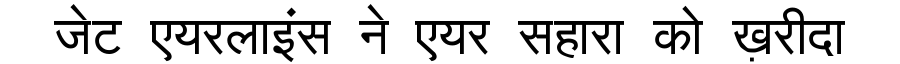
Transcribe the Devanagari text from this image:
जेट एयरलाइंस ने एयर सहारा को ख़रीदा